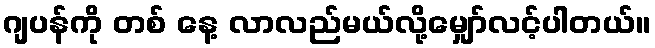
ဂျပန်ကို တစ် နေ့ လာလည်မယ်လို့မျှော်လင့်ပါတယ်။